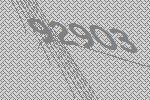
92903